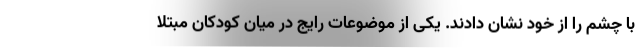
با چشم را از خود نشان دادند. یکی از موضوعات رایج در میان کودکان مبتلا